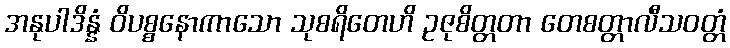
အနုပါဒိန္နံ ဝိပစ္စနောကာသော သုစရိတေဟိ ဥဇုစိတ္တတာ တေစတ္တာလီသဝတ္တံ